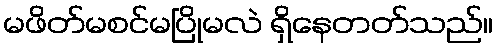
မဖိတ်မစင်မပြိုမလဲ ရှိနေတတ်သည်။